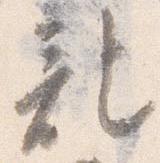
記